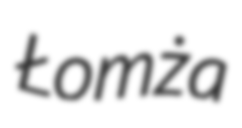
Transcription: Łomża